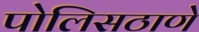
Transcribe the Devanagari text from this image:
पोलिसठाणे